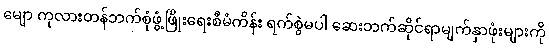
မျော ကုလားတန်ဘက်စုံဖွံ့ဖြိုးရေးစီမံကိန်း ရက်စွဲမပါ ဆေးဘက်ဆိုင်ရာမျက်နှာဖုံးများကို